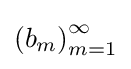
\left(b_{m}\right)_{m=1}^{\infty }